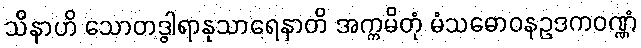
သိနာဟိ သောတဒွါရာနုသာရေနာတိ အက္ကမိတုံ မံသဓောဝနဥဒကဝဏ္ဏံ